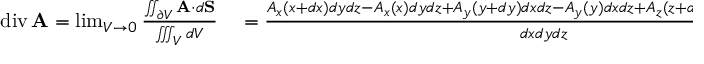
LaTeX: \begin{array} { r l } { \operatorname { d i v } \mathbf { A } = \operatorname* { l i m } _ { V \to 0 } { \frac { \iint _ { \partial V } \mathbf { A } \cdot d \mathbf { S } } { \iiint _ { V } d V } } } & { { } = { \frac { A _ { x } ( x + d x ) d y d z - A _ { x } ( x ) d y d z + A _ { y } ( y + d y ) d x d z - A _ { y } ( y ) d x d z + A _ { z } ( z + d z ) d x d y - A _ { z } ( z ) d x d y } { d x d y d z } } } \end{array}